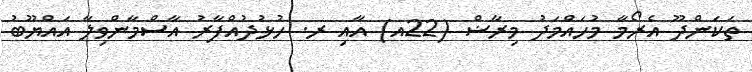
ތަކަންދޫ އެރޯމާ މުހައްމަދު މިރާޟް (22އ) އާއި ރ. ހުޅުދުއްފާރު އާސްމާންވިލާ އައްޔޫބު